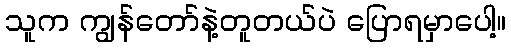
သူက ကျွန်တော်နဲ့တူတယ်ပဲ ပြောရမှာပေါ့။